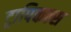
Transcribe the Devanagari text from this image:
ट्रापिकल्स